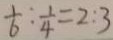
\frac { 1 } { 6 } : \frac { 1 } { 4 } = 2 : 3